Lunatic asylums Central Provinces reports 1895-1909 - 1895-1909
Year: 1895
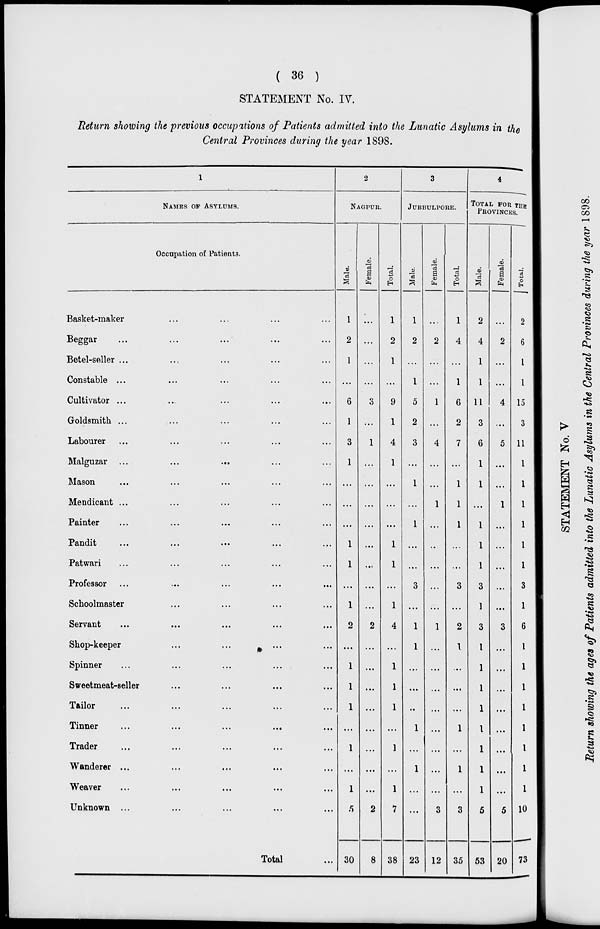
( 36 )
STATEMENT No. IV.
Return showing the previous occupations of Patients admitted into the Lunatic Asylums in the
Central Provinces during the year 1898.
1
NAMES OF ASYLUMS.
Occupation of Patients.
Basket-maker ... ... ... ...
Beggar ... ... ... ... ...
Betel-seller ... ... ... ... ...
Constable ... ... ... ... ...
Cultivator ... ... ... ... ...
Goldsmith ... ... ... ...
Labourer ... ... ... ... ...
Malguzar ... ... ... ... ...
Mason ... ... ... ... ...
Mendicant ... ... ... ... ...
Painter ... ... ... ... ...
Pandit ... ... ... ... ...
Patwari ... ... ... ... ...
Professor ... ... ... ... ...
Schoolmaster ... ... ... ...
Servant
...
...
...
...
...
Shop-keeper ... ... ... ...
Spinner ... ... ... ... ...
Sweetmeat-seller ... ... ... ... ...
Tailor ... ... ... ... ...
Tinner
...
...
...
...
...
Trader ... ... ... ... ...
Wanderer ... ... ... ... ...
weaver
...
...
...
...
...
Unknown ... ... ... ... ...
Total ...
2
NAGPUR.
Male.
1
2
1
...
6
1
3
1
...
...
...
1
1
...
1
2
...
1
1
1
...
1
...
1
5
30
Female.
...
...
...
...
3
...
1
...
...
...
...
...
...
...
...
2
...
...
...
...
...
...
...
...
2
8
Total.
1
2
1
...
9
1
4
1
...
...
...
1
1
...
1
4
...
1
1
1
...
1
...
1
7
38
3
JUBBULPORE.
Male.
1
2
...
1
5
2
3
...
1
...
1
...
...
3
...
1
1
...
...
...
1
...
1
...
...
23
Female.
...
2
...
...
1
...
4
...
...
1
...
...
...
...
...
1
...
...
...
...
...
...
...
...
3
12
Total.
1
4
...
1
6
2
7
...
1
1
1
...
...
3
...
2
1
...
...
...
1
...
1
...
3
35
4
TOTAL FOR THE
PROVINCES.
Male.
2
4
1
1
11
3
6
1
1
...
1
1
1
3
1
3
1
1
1
1
1
1
1
1
5
53
Female.
...
2
...
...
4
...
5
...
...
1
...
...
...
...
...
3
...
...
...
...
...
...
...
...
5
20
Total.
2
6
1
1
15
3
11
1
1
1
1
1
1
3
1
6
1
1
1
1
1
1
1
1
10
73